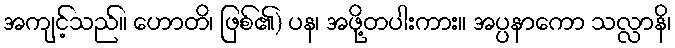
အကျင့်သည်။ ဟောတိ၊ ဖြစ်၏) ပန၊ အဖို့တပါးကား။ အပ္ပနာကော သလ္လာနိ၊